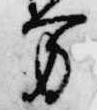
方